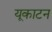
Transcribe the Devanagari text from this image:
यूकाटन